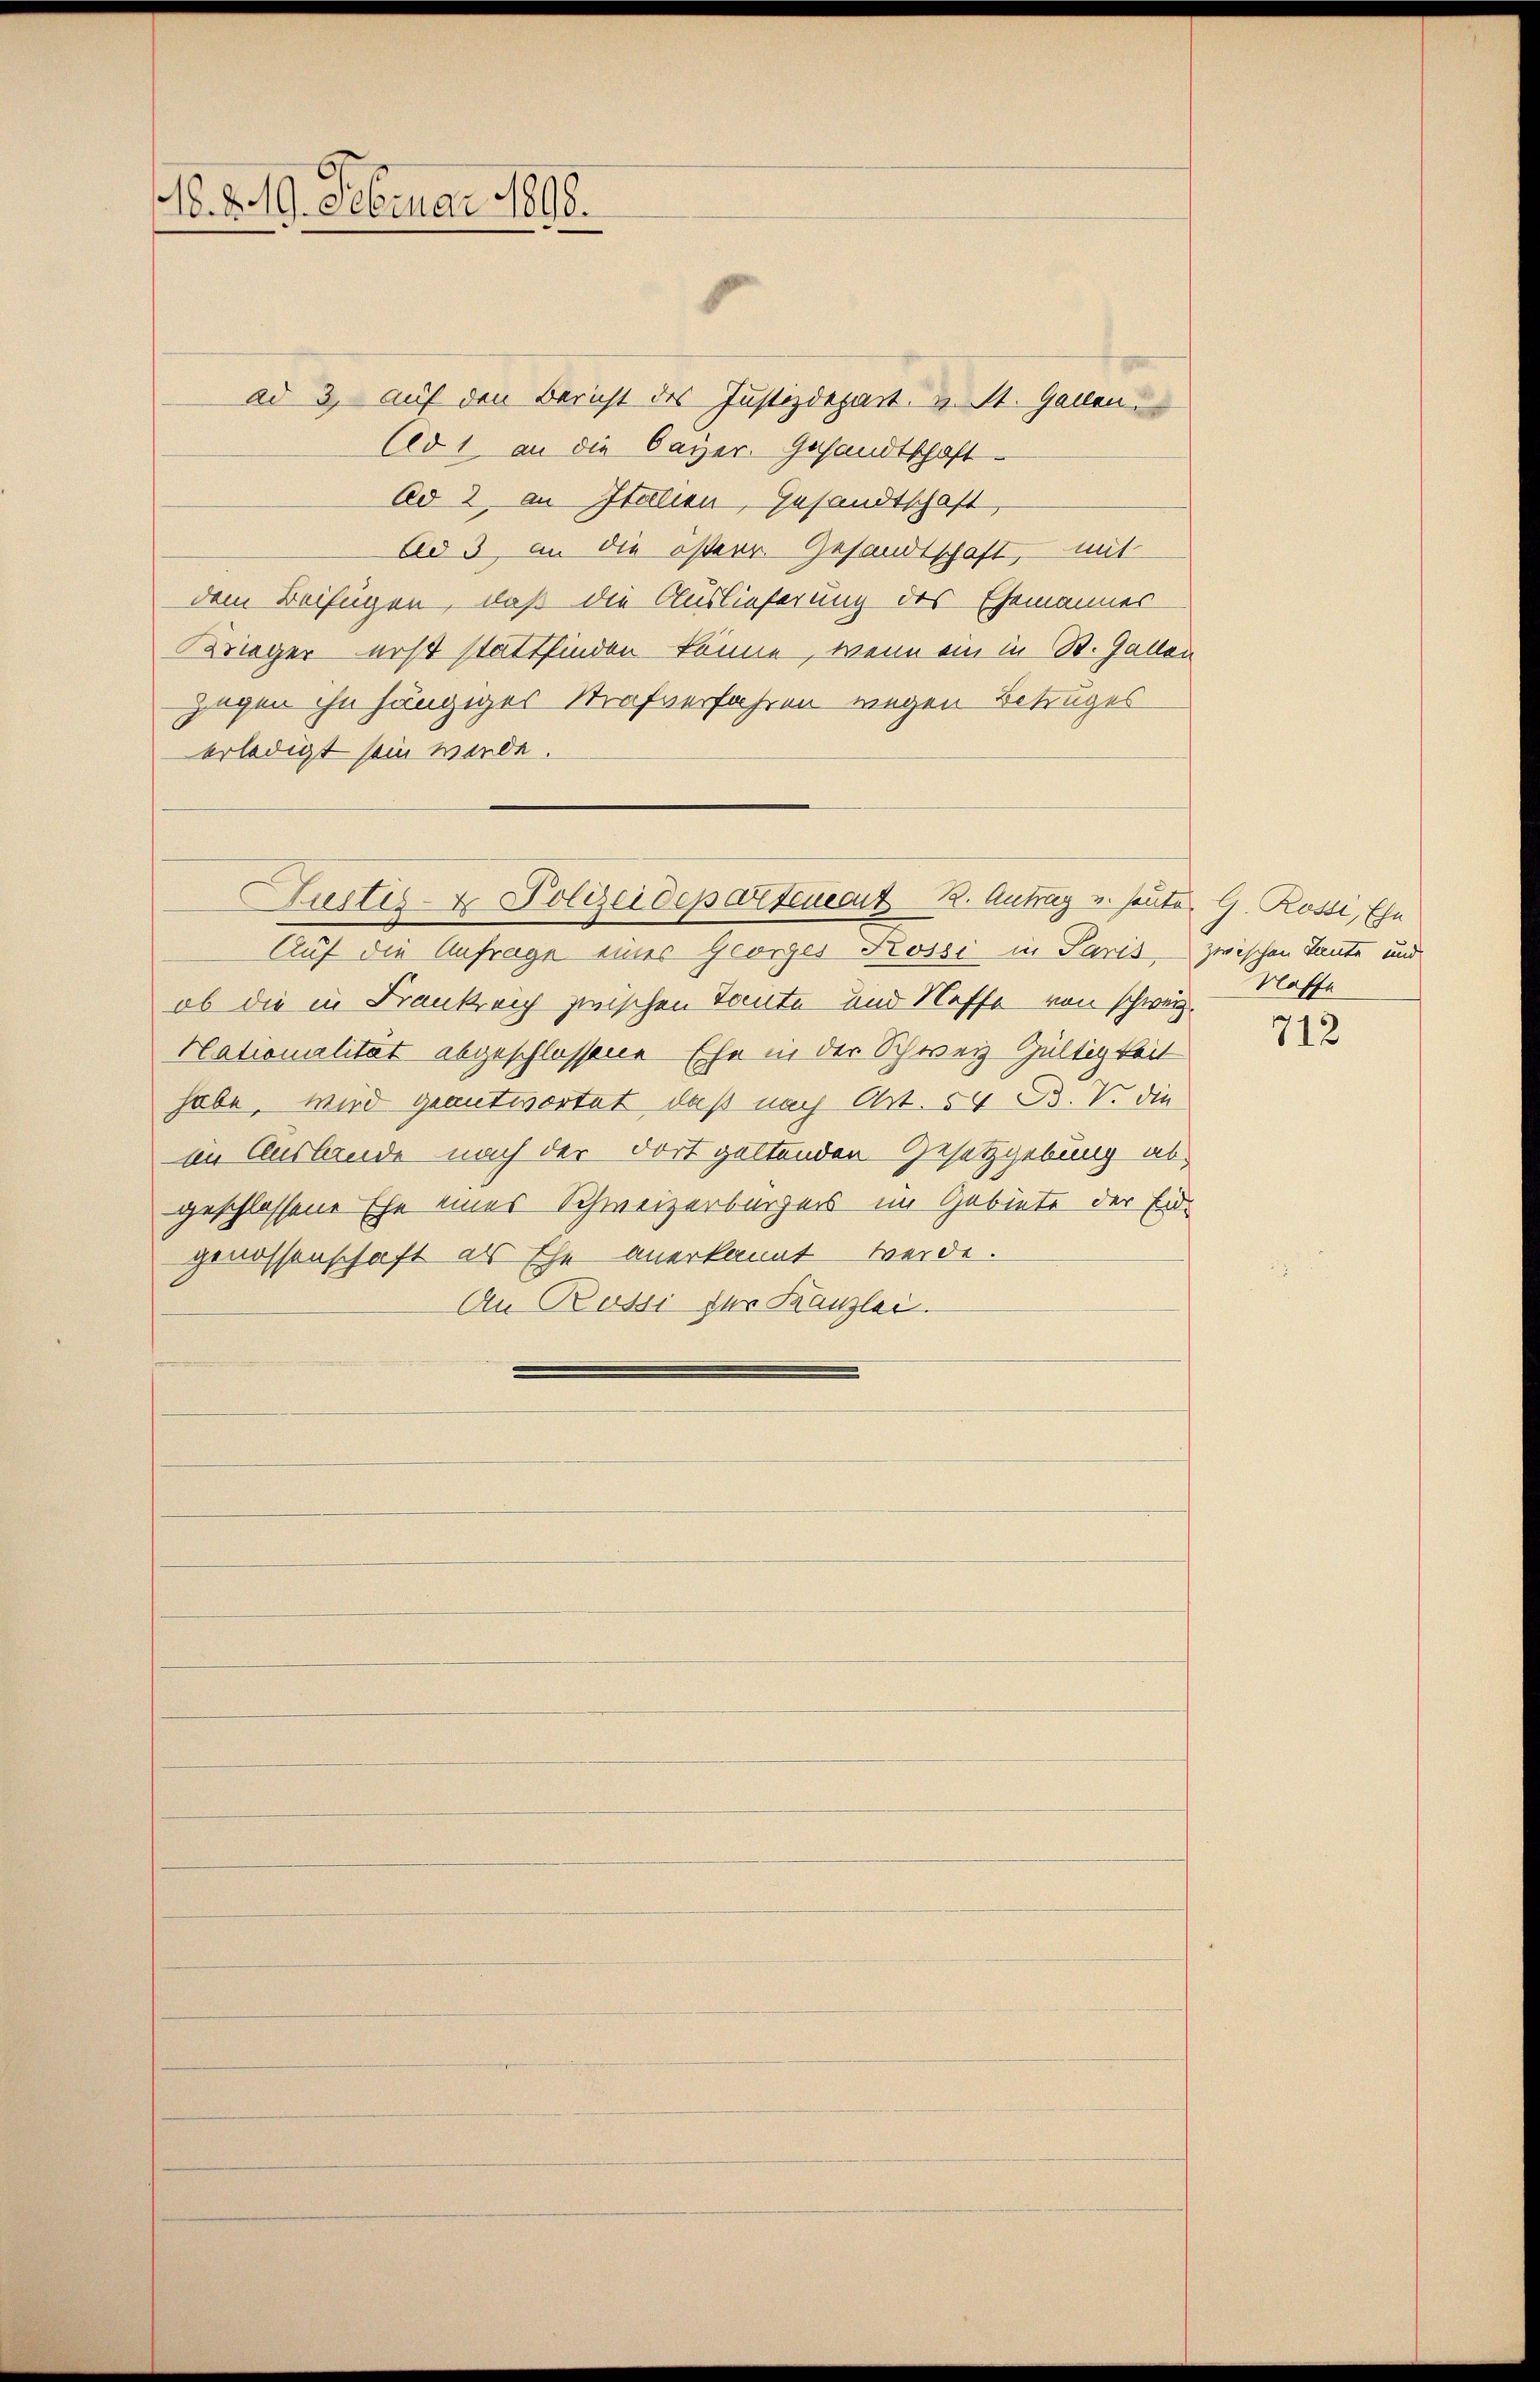
o. 2. 19. Februar 1898.

ad 3, auf den Bericht des Justizdepart, u. St. Gallen
Ad 1 an die Bayer. Gesandtschaft
Ad 2, an Italien, Gesandtschaft,
Ad 3, an die österr. Gesandtschaft, - mit
dem Beifügen, daß die Auslieferung des Ehemannes
Krieger erst stattfinden könne, wenn ein in St. Gallen
gegen ihn hängiger Strafverfahren wegen Betruges
erledigt sein werde.
Auf die Anfrage eines Georges Rossi in Paris, zwischen Tante und
ob die in Frankreich zwischen Tante und Neffe von schweiz.
Hationialität abgeschlossene Ehe in der Schweiz Gültigkeit
habe, wird geantwortet, daß nach Art. 54 S. V. die
in Auslande nach der dort geltenden Gesetzgebung abgeschlossene Ehe eines Schweizerbürgers im Gebiete der Eidgenossenschaft als Ehe anerkannt werde.
An Russi für Kanzlei.

Zustiz- & Polizeideparteneat 22. Antrag v. heute. G. Rossi, Ehe

Nasse

712